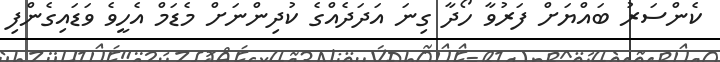
ކެންސަރު ބައްޔަށް ފަރުވާ ހޯދާ ގިނަ އަދަދެއްގެ ކުދިންނަށް މެޑަމް އެހީވެ ވަޑައިގެންފި